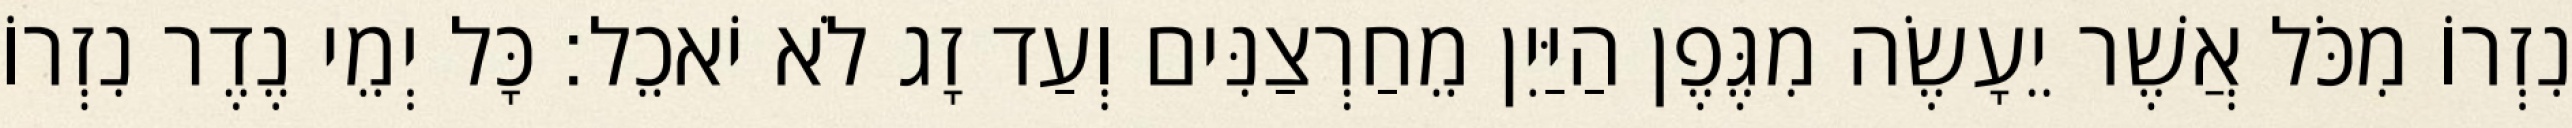
נִזְרוֹ מִכֹּל אֲשֶׁר יֵעָשֶׂה מִגֶּפֶן הַיַּיִן מֵחַרְצַנִּים וְעַד זָג לֹא יֹאכֵל׃ כָּל יְמֵי נֶדֶר נִזְרוֹ